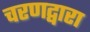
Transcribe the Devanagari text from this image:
चरणद्वारा